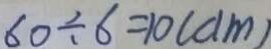
6 0 \div 6 = 1 0 ( d m )